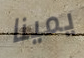
يمينا